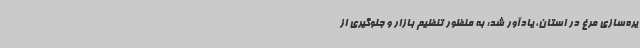
یره‌سازی مرغ در استان، یادآور شد: به منظور تنظیم بازار و جلوگیری از